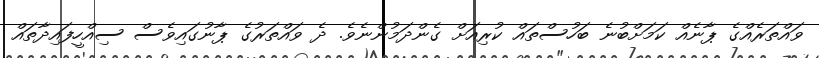
ވައްތަރެއްގެ ޕާނެއް ކަމަށްބުނެ ބަހުސްތައް ކުރިއަށް ގެންދަމުންނެވެ. ދެ ވައްތަރުގެ ޕާނުގައިވެސް ސިއްހީފައިދާތައް